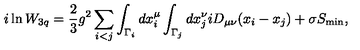
i \ln W _ { 3 q } = \frac { 2 } { 3 } g ^ { 2 } \sum _ { i < j } \int _ { \Gamma _ { i } } d x _ { i } ^ { \mu } \int _ { \Gamma _ { j } } d x _ { j } ^ { \nu } i D _ { \mu \nu } ( x _ { i } - x _ { j } ) + \sigma S _ { \min } ,